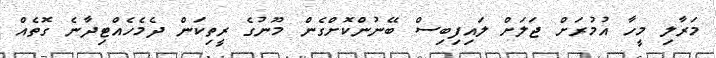
މަރާލި މީހާ އުމުރަށް ޖަލަށް ލައިފިބިސް ބޭނުންކޮށްގެން މޫނުގެ ރީތިކަން ދެމެހެއްޓިދާނެ ގޮތެއް